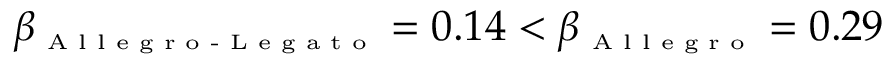
\beta _ { \textrm { \tiny A l l e g r o - L e g a t o } } = 0 . 1 4 < \beta _ { \textrm { \tiny A l l e g r o } } = 0 . 2 9